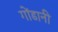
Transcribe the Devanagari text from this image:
गोंडानी